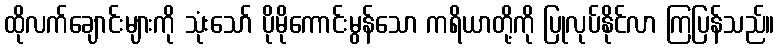
ထိုလက်ချောင်းများကို သုံးသော် ပိုမိုကောင်းမွန်သော ကရိယာတို့ကို ပြုလုပ်နိုင်လာ ကြပြန်သည်။